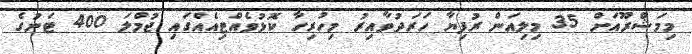
މިމަޝްރޫއަށް 35 މިލިއަން ރުފިޔާ ހަރަދުވާއިރު މިހުރިހާ ކޮޅުވެއްޓިއެއްގައި ޖުމްލަ 400 ޓަނުގެ